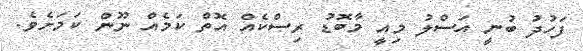
ފަހުދު ބުނީ އަސްލު މިއީ މާބޮޑު ރިސްކެއް އޮތް ކަމެއް ނޫން ކަމަށެވެ.